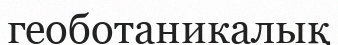
геоботаникалық